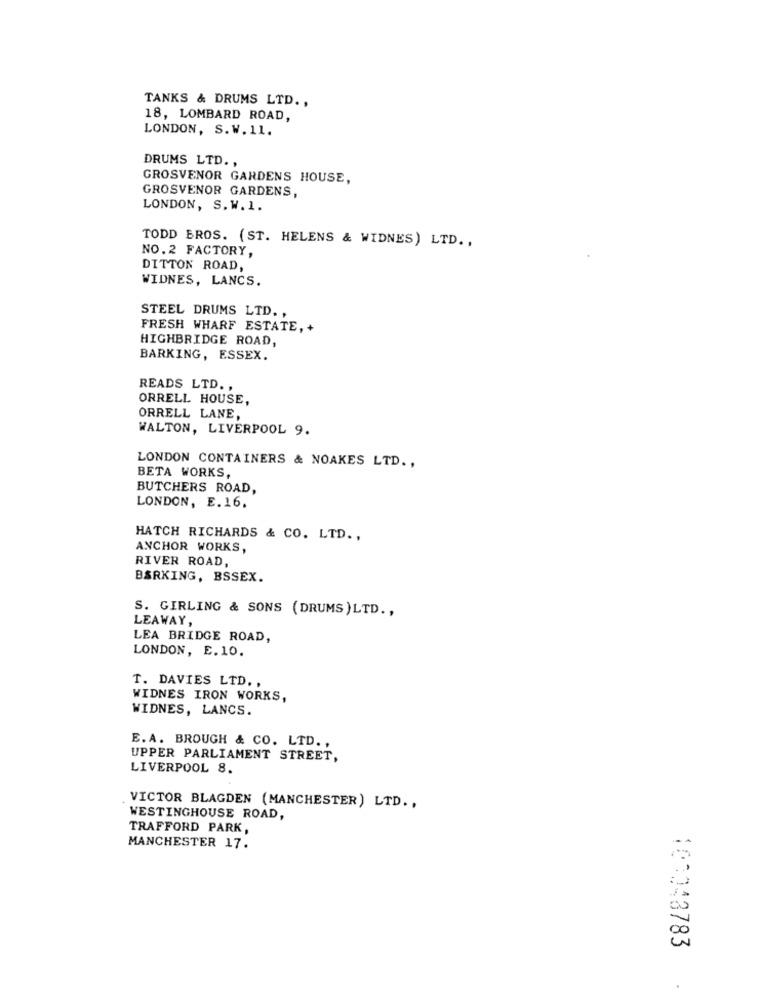
TANKS & DRUMS LTD .,
18, LOMBARD ROAD,
LONDON, S. W. 11.
DRUMS LTD .,
GROSVENOR GARDENS HOUSE,
GROSVENOR GARDENS,
LONDON, S. W.1.
TODD BROS. (ST. HELENS & WIDNES) LTD. ,
NO.2 FACTORY,
DITTON ROAD,
WIDNES, LANCS.
STEEL DRUMS LTD. ,
FRESH WHARF ESTATE, +
HIGHBRIDGE ROAD,
BARKING, ESSEX.
READS LTD .,
ORRELL HOUSE,
ORRELL LANE,
WALTON, LIVERPOOL 9.
LONDON CONTAINERS & NOAKES LTD .,
BETA WORKS,
BUTCHERS ROAD,
LONDON, E.16.
HATCH RICHARDS & CO. LTD .,
ANCHOR WORKS,
RIVER ROAD,
BSRKING, BSSEX.
S. GIRLING & SONS (DRUMS)LTD .,
LEAWAY,
LEA BRIDGE ROAD,
LONDON, E. 10.
T. DAVIES LTD. ,
WIDNES IRON WORKS,
WIDNES, LANCS.
E. A. BROUGH & CO. LTD. ,
UPPER PARLIAMENT STREET,
LIVERPOOL 8.
VICTOR BLAGDEN (MANCHESTER) LTD .,
WESTINGHOUSE ROAD,
TRAFFORD PARK,
MANCHESTER 17.
103043783